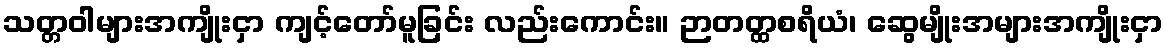
သတ္တဝါများအကျိုးငှာ ကျင့်တော်မူခြင်း လည်းကောင်း။ ဉာတတ္ထစရိယံ၊ ဆွေမျိုးအများအကျိုးငှာ